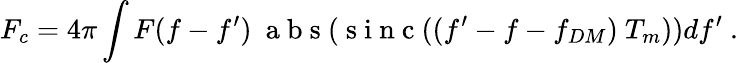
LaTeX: F_{c}=4\pi\int F(f-f^{\prime})~\mathrm{~a~b~s~}(\mathrm{~s~i~n~c~}((f^{\prime}-f-f_{DM})~T_{m}))df^{\prime}\ .